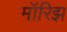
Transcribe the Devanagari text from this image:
मॉरिझ